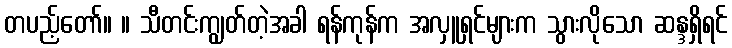
တပည့်တော်။ ။ သီတင်းကျွတ်တဲ့အခါ ရန်ကုန်က အလှူရှင်များက သွားလိုသော ဆန္ဒရှိရင်